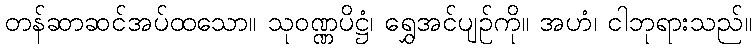
တန်ဆာဆင်အပ်ထသော။ သုဝဏ္ဏပိဋ္ဌံ၊ ရွှေအင်ပျဉ်ကို။ အဟံ၊ ငါဘုရားသည်။